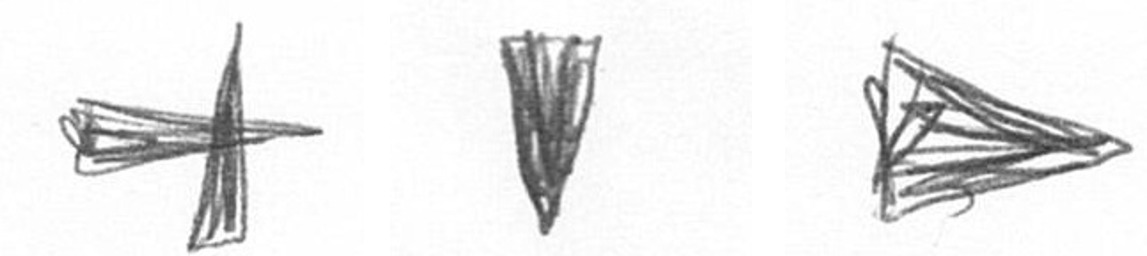
G J T